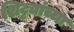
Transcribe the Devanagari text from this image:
शिट्ट्यांच्या